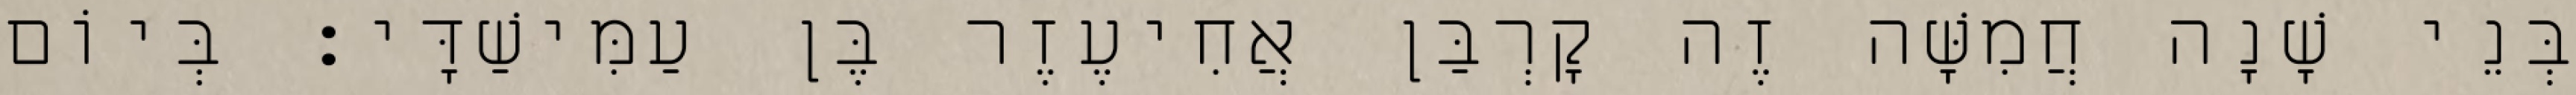
בְּנֵי שָׁנָה חֲמִשָּׁה זֶה קָרְבַּן אֲחִיעֶזֶר בֶּן עַמִּישַׁדָּי׃ בְּיוֹם